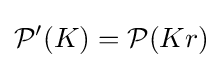
{\mathcal {P}}'(K)={\mathcal {P}}(Kr)